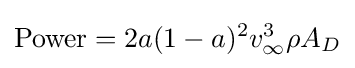
\mathrm {Power} =2a(1-a)^{2}v_{\infty }^{3}\rho A_{D}